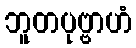
ဘူတပုဗ္ဗာဟံ